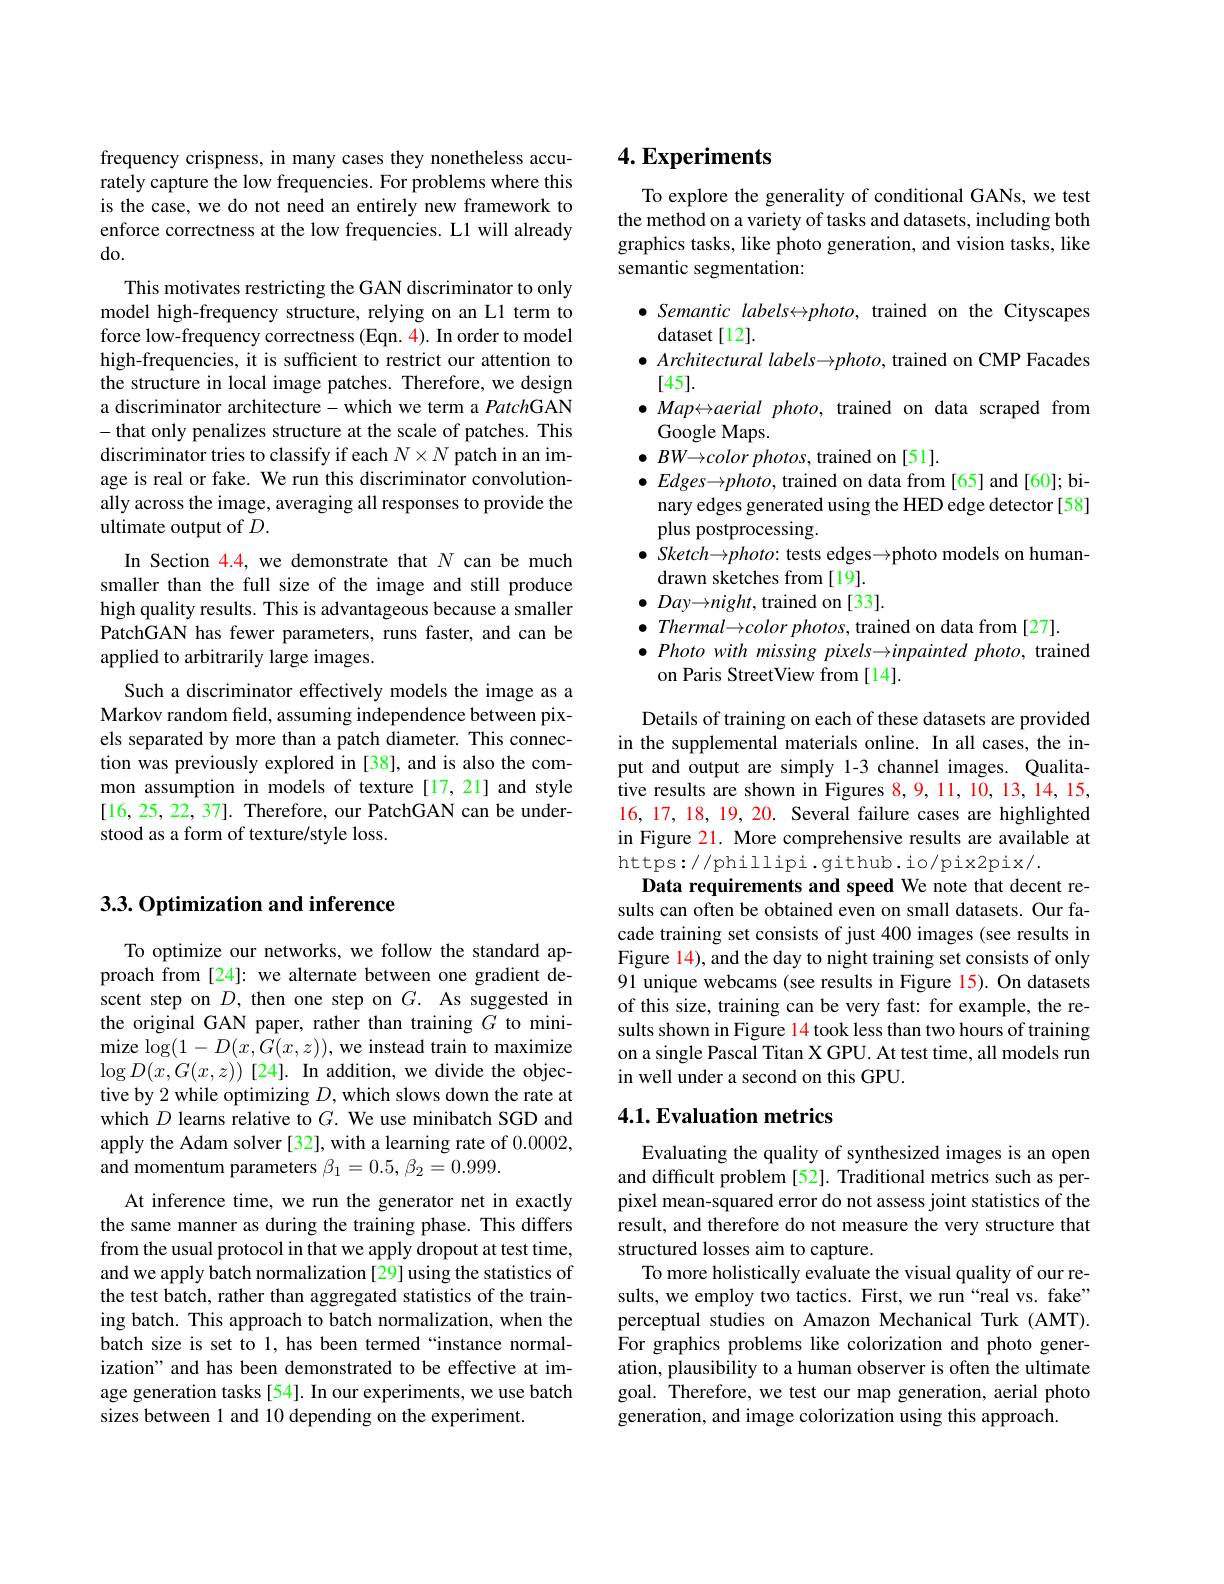
frequency crispness, in many cases they nonetheless accurately capture the low frequencies. For problems where this is the case, we do not need an entirely new framework to enforce correctness at the low frequencies. L1 will already do.
This motivates restricting the GAN discriminator to only model high-frequency structure, relying on an Ll term to force low-frequency correctness (Eqn. 4). In order to model high-frequencies, it is sufficient to restrict our attention to the structure in local image patches. Therefore, we design a discriminator architecture- which we term a PatchGAN -that only penalizes structure at the scale of patches. This discriminator tries to classify if each $N\times N$ patch in an image is real or fake. We run this discriminator convolutionally across the image, averaging all responses to provide the ultimate output of $D.$
In Section 4.4, we demonstrate that $N$ can be much smaller than the full size of the image and still produce high quality results. This is advantageous because a smaller PatchGAN has fewer parameters, runs faster, and can be applied to arbitrarily large images.
Such a discriminator effectively models the image as a Markov random field, assuming independence between pixels separated by more than a patch diameter. This connection was previously explored in [38], and is also the common assumption in models of texture [17,21] and style [16,25,22,37]. Therefore, our PatchGAN can be understood as a form of texture/style loss.

## 3.3.0ptimization and inference

To optimize our networks, we follow the standard approach from [24]: we alternate between one gradient descent step on $D$, then one step on $G.$ As suggested in the original GAN paper, rather than training $G$ to minimize $\log(1-D(x,G(x,z))$, we instead train to maximize $\log D(x,G(x,z))$[24].In addition, we divide the objective by 2 while optimizing $D$, which slows down the rate at which $D$ learns relative to $G.$ We use minibatch SGD and apply the Adam solver[32], with a learning rate of 0.0002, and momentum parameters $\beta_1=0.5,\beta_2=0.999.$
At inference time, we run the generator net in exactly the same manner as during the training phase. This differs from the usual protocol in that we apply dropout at test time, and we apply batch normalization [29] using the statistics of the test batch, rather than aggregated statistics of the training batch. This approach to batch normalization, when the batch size is set to 1, has been termed “instance normalization" and has been demonstrated to be effective at image generation tasks [54]. In our experiments, we use batch sizes between 1 and 10 depending on the experiment.

## $4. \textbf{Experiments}$

To explore the generality of conditional GANs, we test the method on a variety of tasks and datasets, including both graphics tasks, like photo generation, and vision tasks, like semantic segmentation:

$\bullet$ Semantic labels↔photo, trained on the Cityscapes
dataset [12].
$\bullet$ Architectural labels → photo, trained on CMP Facades
[45].
$\bullet Map\leftrightarrow aerialphoto$, trained on data scraped from
Google Maps.
$\bullet$ $BW\to color$ $photos$,trained on[51].
$\bullet Edges\to photo$, trained on data from [65] and [60]; bi-
nary edges generated using the HED edge detector[58]
plus postprocessing.
$\bullet$ Sketch→photo: tests edges→photo models on human-
drawn sketches from [19]. $\bullet$ $Day\to night$, trained on [33]. $\bullet$ Thermal$\to color$ photos, trained on data from [27].
$\bullet Photowithmissingpixels\to inpaintedphoto$, trained
on Paris StreetView from [14].

Details of training on each of these datasets are provided in the supplemental materials online. In all cases, the input and output are simply 1-3 channel images. Qualitative results are shown in Figures 8,9, 11, 10, 13, 14, 15, 16, 17, 18, 19, 20. Several failure cases are highlighted in Figure 21. More comprehensive results are available at https://phillipi.github.io/pix2pix/.
Data requirements and speed We note that decent results can often be obtained even on small datasets. Our facade training set consists of just 400 images (see results in Figure 14), and the day to night training set consists of only 91 unique webcams (see results in Figure 15). On datasets of this size, training can be very fast: for example, the results shown in Figure 14 took less than two hours of training on a single Pascal Titan X GPU. At test time, all models run in well under a second on this GPU.

### 4.1. Evaluation metrics

Evaluating the quality of synthesized images is an open and difficult problem [52]. Traditional metrics such as perpixel mean-squared error do not assess joint statistics of the result, and therefore do not measure the very structure that structured losses aim to capture.
To more holistically evaluate the visual quality of our results, we employ two tactics. First, we run“real vs. fake” perceptual studies on Amazon Mechanical Turk (AMT). For graphics problems like colorization and photo generation, plausibility to a human observer is often the ultimate goal. Therefore, we test our map generation, aerial photo generation, and image colorization using this approach.